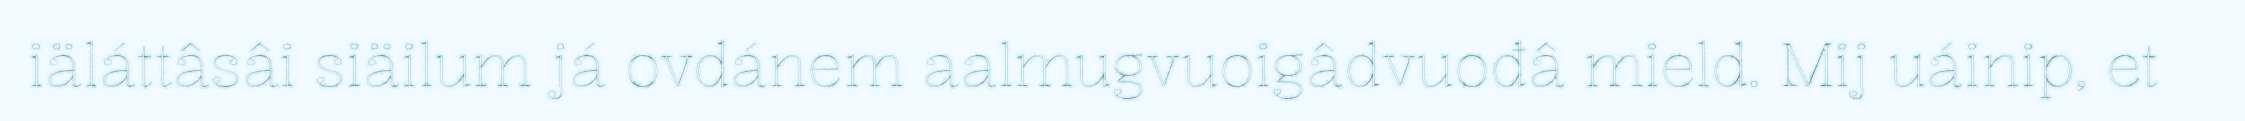
iäláttâsâi siäilum já ovdánem aalmugvuoigâdvuođâ mield. Mij uáinip, et